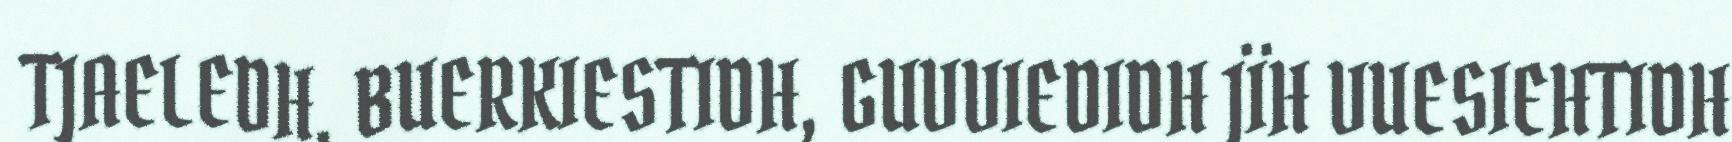
TJAELEDH, BUERKIESTIDH, GUVVIEDIDH JÏH VUESIEHTIDH